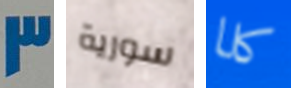
3 سورية كلا